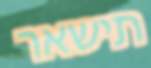
תישאר